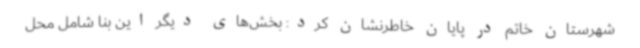
شهرستان خاتم در پایان خاطرنشان کرد: بخش‌های دیگر این بنا شامل محل